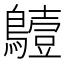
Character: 𪆖